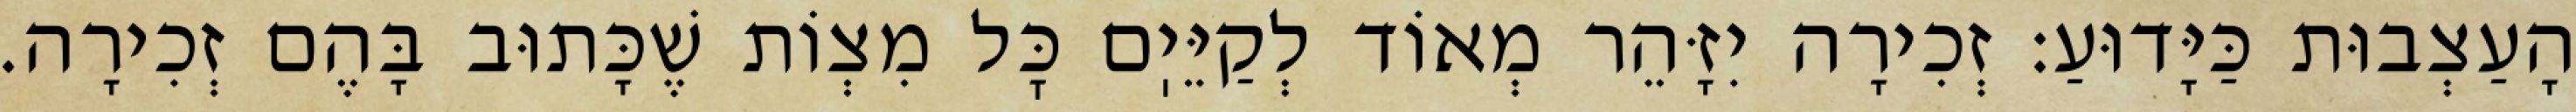
הָעַצְבוּת כַּיָּדוּעַ: זְכִירָה יִזָּהֵר מְאוֹד לְקַיֵּיֽם כׇּל מִצְוֹת שֶׁכָּתוּב בָּהֶם זְכִירָה.